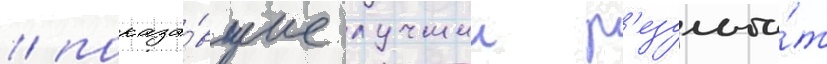
/ показа́вшие лучшии р'езульта́т